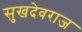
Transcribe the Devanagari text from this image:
सुखदेवराज